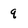
Character: q